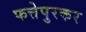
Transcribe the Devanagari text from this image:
फत्तेपुरकर